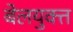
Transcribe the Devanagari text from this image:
बेलयुक्त